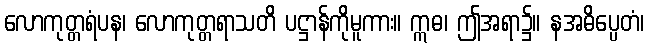
လောကုတ္တရံပန၊ လောကုတ္တရာသတိ ပဋ္ဌာန်ကိုမူကား။ ဣဓ၊ ဤအရာ၌။ နအဓိပ္ပေတံ၊